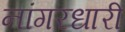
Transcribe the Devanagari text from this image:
नांगरधारी